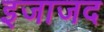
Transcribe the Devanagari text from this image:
इजाजद